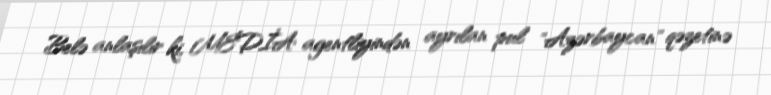
Belə anlaşılır ki, MEDİA agentliyindən ayrılan pul "Azərbaycan" qəzetinə